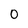
Character: 0